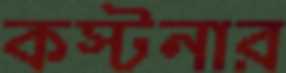
কস্টনার